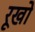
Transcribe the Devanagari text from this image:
रूखो